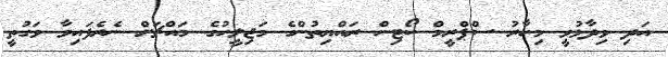
އަދި ވިދާޅުވީ މިހާރު ސްޕްރީމް ކޯޓިން ރައްޔިތުންގެ މަޖިލީހުގެ މައްޗަށް ނެރެފައިވާ ވަގުތީ